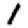
Digit: 1